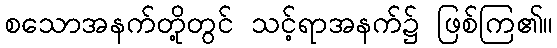
စသောအနက်တို့တွင် သင့်ရာအနက်၌ ဖြစ်ကြ၏။